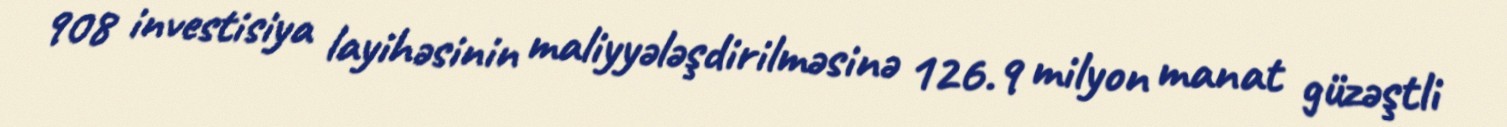
908 investisiya layihəsinin maliyyələşdirilməsinə 126.9 milyon manat güzəştli